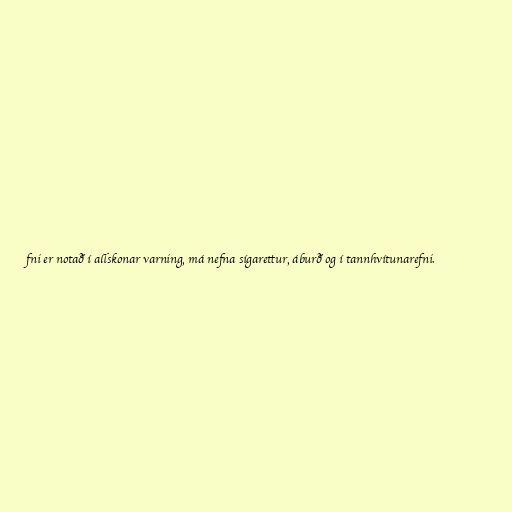
fni er notað í allskonar varning, má nefna sígarettur, áburð og í tannhvítunarefni.